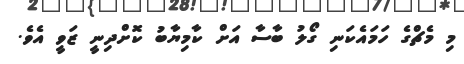
މި މެޗްގެ ހަމައެކަނި ގޯލު ބާސާ އަށް ކާމިޔާބު ކޮށްދިނީ ޒަވީ އެވެ.